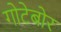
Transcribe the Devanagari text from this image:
गोटेबोर